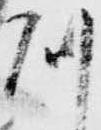
則